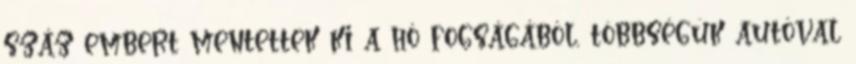
száz embert mentettek ki a hó fogságából, többségük autóval